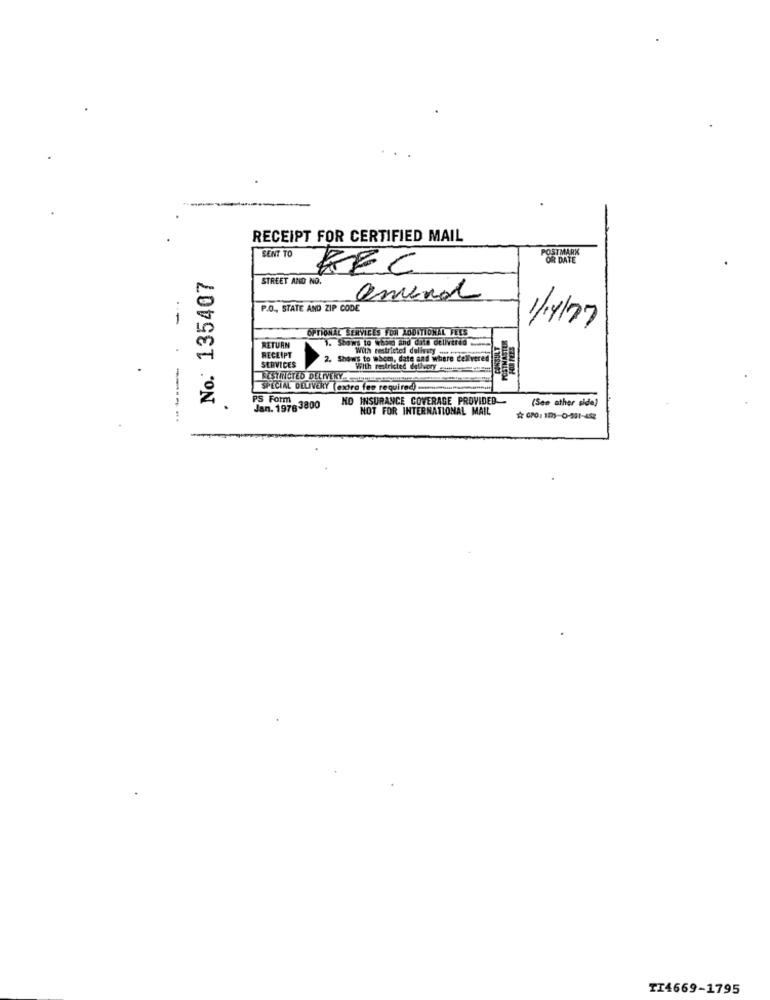
RECEIPT FOR CERTIFIED MAIL
POSTMARK
SENT TO
OR DATE
KEC
No. 135407
STREET AND NO.
amena
P.O ., STATE AND ZIP CODE
---
OPTIONAL SERVICES FOR LODITIONAL FEES
1/4/27
1. Shows to whom and date otlivered
RETURN
With restricted dalimaty ...
RECEIPT
SERVICES
2. Shows to whom, date and where delivered
Filth restricted dallvery
RESTRICTED DELIVERY
SPECIAL DELIVERY (extra fee required)
PS Form
NO INSURANCE COVERAGE PROVIDED-
(See other side)
Jan. 1978 3800
NOT FOR INTERNATIONAL MAIL
-----
TI4669-1795